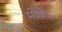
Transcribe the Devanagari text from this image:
मोर्डेड